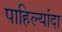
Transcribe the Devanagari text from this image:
पाहिल्यांदा